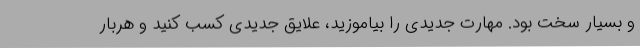
و بسیار سخت بود. مهارت جدیدی را بیاموزید، علایق جدیدی کسب کنید و هربار